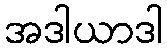
အဒါယာဒါ